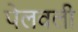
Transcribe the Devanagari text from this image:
पेलवली